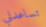
تساعدني